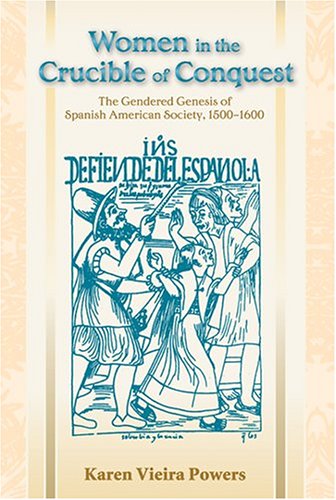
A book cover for Women in the Crucible of Conquest: The Gendered Genesis of Spanish American Society, 1500-1600 (DiÃ¡logos Series); Karen Vieira Powers; History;